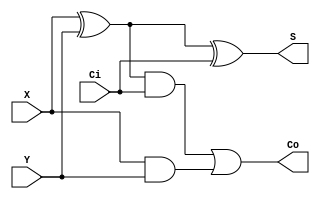

// Verilog code for 1-bit full adder
module fulladder(X, Y, Ci, S, Co);
  input X, Y, Ci;
  output S, Co;
  wire w1,w2,w3;
  //Structural code for one bit full adder
  xor G1(w1, X, Y);
  xor G2(S, w1, Ci);
  and G3(w2, w1, Ci);
  and G4(w3, X, Y);
  or G5(Co, w2, w3);
endmodule